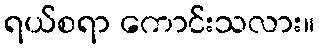
ရယ်စရာ ကောင်းသလား။